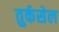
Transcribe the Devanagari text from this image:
तुर्कसेल